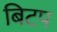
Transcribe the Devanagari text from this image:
बिटप